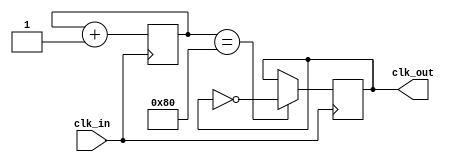
`timescale 1ns / 1ps
//////////////////////////////////////////////////////////////////////////////////
// Company: 
// Engineer: 
// 
// Design Name: 
// Module Name: clk_divider
// Project Name: 
// Target Devices: 
// Tool Versions: 
// Description: 
// 
// Dependencies: 
// 
// Revision:
// Revision 0.01 - File Created
// Additional Comments:
// 
//////////////////////////////////////////////////////////////////////////////////

// Uncomment if using Vivado to synthesize the design. This will enable the initial block
// If using Yosys, initial blocks are not supported, and cannot be included.
// `define VIVADO_SYNTHESIS

module clock_divider (
    input clk_in,
    output reg clk_out
    );
    
    parameter CLK_DIVIDER_SIZE=8;
    
    reg [CLK_DIVIDER_SIZE - 1:0] clkdiv_counter;
    
`ifdef VIVADO_SYNTHESIS
    initial begin
      clkdiv_counter <= 0;
      clk_out <= 0;
    end
`endif
    
    // Divide pl_clk (50MHz) to 1MHz
    always @(posedge clk_in) begin
        if (clkdiv_counter == 1 << CLK_DIVIDER_SIZE - 1) begin
            clk_out <= ~clk_out;
        end
        clkdiv_counter <= clkdiv_counter +1;
    end
    
endmodule